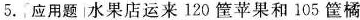
5. 应用题 水果店运来120筐苹果和105筐橘